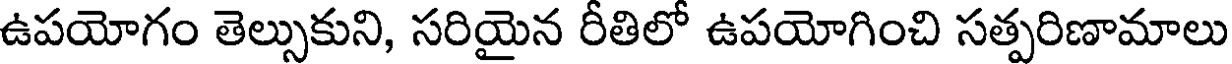
ఉపయోగం తెల్సుకుని, సరియైన రీతిలో ఉపయోగించి సత్పరిణామాలు